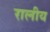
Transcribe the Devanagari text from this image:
रालीय